Leprosy in India: report of the Leprosy Commission in India, 1890-91
Year: 1890
Disease focus: Leprosy
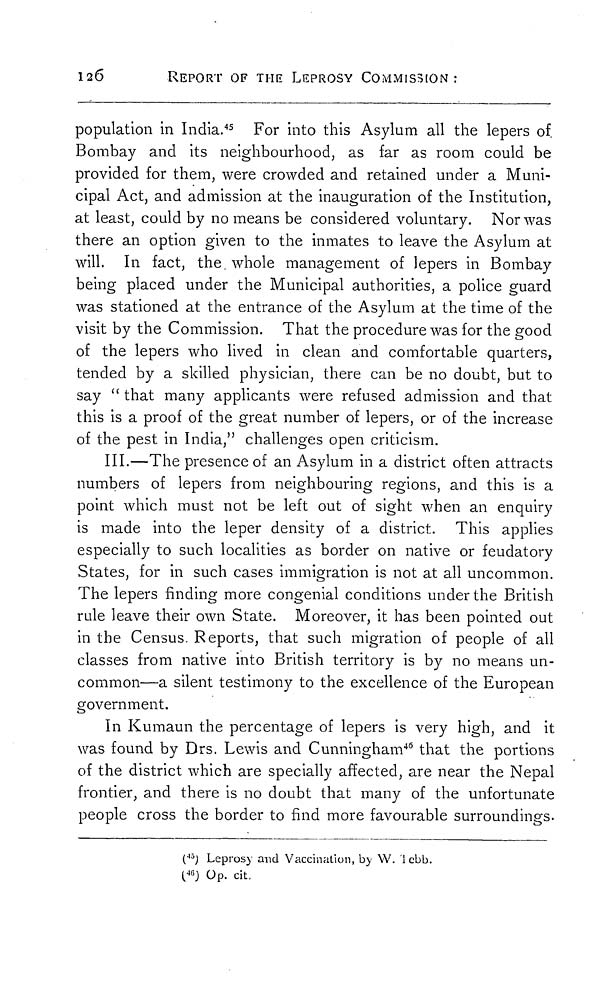
126
REPORT OF THE LEPROSY COMMISSION:
population in India. 45 For into this Asylum all the lepers of.
Bombay and its neighbourhood, as far as room could be
provided for them, were crowded and retained under a Muni-
cipal Act, and admission at the inauguration of the Institution,
at least, could by no means be considered voluntary. Nor was
there an option given to the inmates to leave the Asylum at
will. In fact, the whole management of lepers in Bombay
being placed under the Municipal authorities, a police guard
was stationed at the entrance of the Asylum at the time of the
visit by the Commission. That the procedure was for the good
of the lepers who lived in clean and comfortable quarters,
tended by a skilled physician, there can be no doubt, but to
say " that many applicants were refused admission and that
this is a proof of the great number of lepers, or of the increase
of the pest in India," challenges open criticism.
III.—The presence of an Asylum in a district often attracts
numbers of lepers from neighbouring regions, and this is a
point which must not be left out of sight when an enquiry
is made into the leper density of a district. This applies
especially to such localities as border on native or feudatory
States, for in such cases immigration is not at all uncommon.
The lepers finding more congenial conditions under the British
rule leave their own State. Moreover, it has been pointed out
in the Census. Reports, that such migration of people of all
classes from native into British territory is by no means un-
common—a silent testimony to the excellence of the European
government.
In Kumaun the percentage of lepers is very high, and it
was found by Drs. Lewis and Cunningham 46 that the portions
of the district which are specially affected, are near the Nepal
frontier, and there is no doubt that many of the unfortunate
people cross the border to find more favourable surroundings.
( 45 ) Leprosy and Vaccination, by W. lebb.
( 46 ) Op. cit.